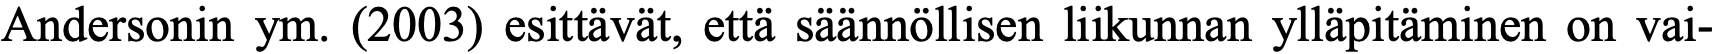
Andersonin ym. (2003) esittävät, että säännöllisen liikunnan ylläpitäminen on vai-